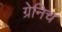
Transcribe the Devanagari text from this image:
ग्रेनिच